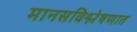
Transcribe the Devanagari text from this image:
मानसविश्लेषणात